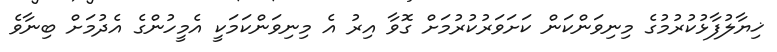
ޚިޔާލުފާޅުކުރުމުގެ މިނިވަންކަން ކަށަވަރުކުރުމަށް ގޮވާ އިރު އެ މިނިވަންކަމަކީ އެމީހުންގެ އެދުމަށް ބިނާވެ